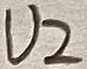
Text: U2